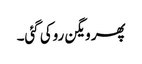
پھر ویگن روکی گئی۔